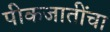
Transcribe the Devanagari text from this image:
पीकजातींचा